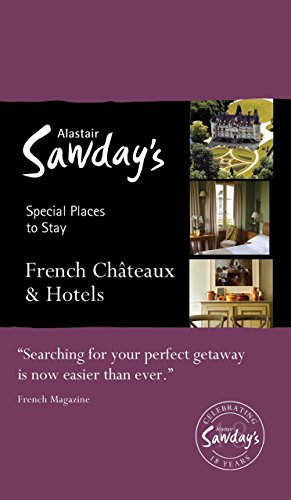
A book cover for Special Places to Stay: French ChÃ¢teaux & Hotels; Alastair Sawday Publishing Co Ltd.; Travel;